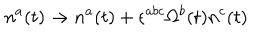
n ^ { a } ( t ) \rightarrow n ^ { a } ( t ) + \epsilon ^ { a b c } \Omega ^ { b } ( t ) n ^ { c } ( t )